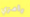
رامزي